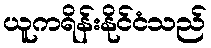
ယူကရိန်းနိုင်ငံသည်